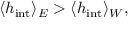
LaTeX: \langle h _ { \mathrm { i n t } } \rangle _ { E } > \langle h _ { \mathrm { i n t } } \rangle _ { W } ,